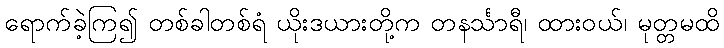
ရောက်ခဲ့ကြ၍ တစ်ခါတစ်ရံ ယိုးဒယားတို့က တနင်္သာရီ၊ ထားဝယ်၊ မုတ္တမထိ